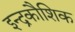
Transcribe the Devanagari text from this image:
इन्द्रकौशिक